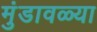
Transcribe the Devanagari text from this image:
मुंडावळ्या